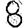
Digit: 8